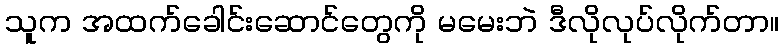
သူက အထက်ခေါင်းဆောင်တွေကို မမေးဘဲ ဒီလိုလုပ်လိုက်တာ။